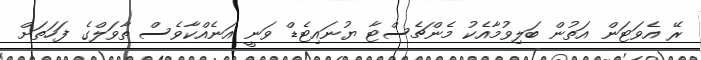
ރޭ އެވަޓަން އަތުން ބަލިވުމާއެކު މެންޗެސްޓާ ޔުނައިޓެޑް ވަނީ އަނެއްކާވެސް ތާވަލްގެ ފަހަތަށް